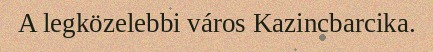
A legközelebbi város Kazincbarcika.